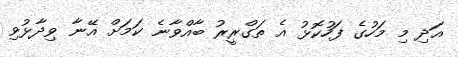
އަދި މި މަހުގެ ފަހުކޮޅު އެ ތަގްރީރު ބާއްވާނެ ކަމަށް އޭނާ ވިދާޅުވި